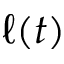
\ell ( t )